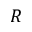
{ R }